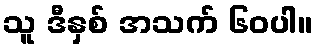
သူ ဒီနှစ် အသက် ၆၀ပါ။